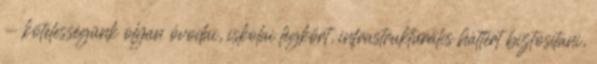
- kötelességünk olyan óvodai, iskolai légkört, infrastrukturális háttért biztosítani,